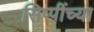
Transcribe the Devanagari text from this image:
सिप्पींच्या